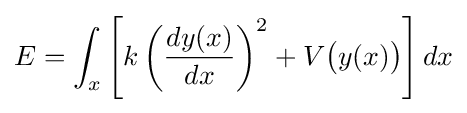
E=\int _{x}\left[k\left({\frac {dy(x)}{dx}}\right)^{2}+V{\big (}y(x){\big )}\right]dx